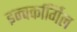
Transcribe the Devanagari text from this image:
इन्वर्कार्गिल